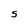
Character: S